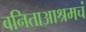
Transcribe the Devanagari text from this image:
वनिताआश्रमचं